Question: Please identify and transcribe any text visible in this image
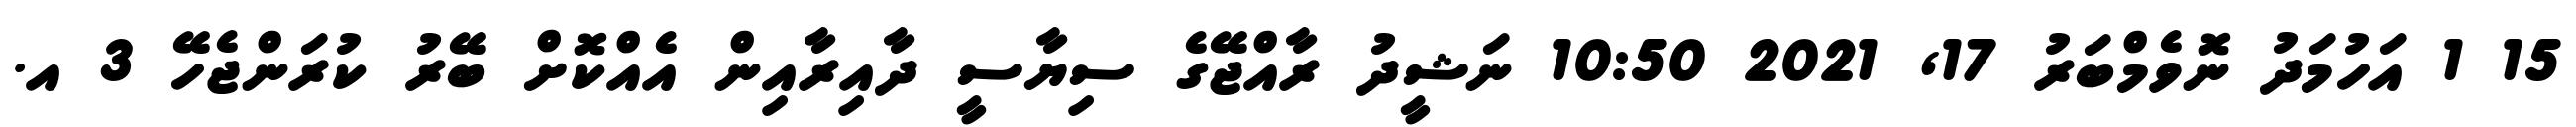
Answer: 15 1 އަހުމަދު ނޮވެމްބަރު 17, 2021 10:50 ނަޝީދު ރާއްޖޭގެ ސިޔާސީ ދާއިރާއިން އެއްކޮށް ބޭރު ކުރަންޖެހޭ 3 އ.